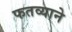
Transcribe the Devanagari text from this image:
फतव्याने